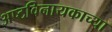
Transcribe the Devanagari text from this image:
अष्टविनायकाच्या